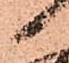
尉